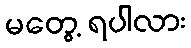
မတွေ့ ရပါလား